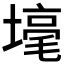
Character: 𡐒